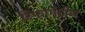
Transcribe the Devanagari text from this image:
रिफोमेट्रीज